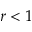
r < 1